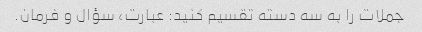
جملات را به سه دسته تقسیم کنید: عبارت، سؤال و فرمان.